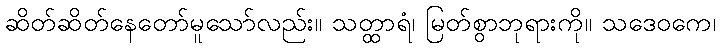
ဆိတ်ဆိတ်နေတော်မူသော်လည်း။ သတ္ထာရံ၊ မြတ်စွာဘုရားကို။ သဒေဝကေ၊